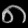
Digit: ၈